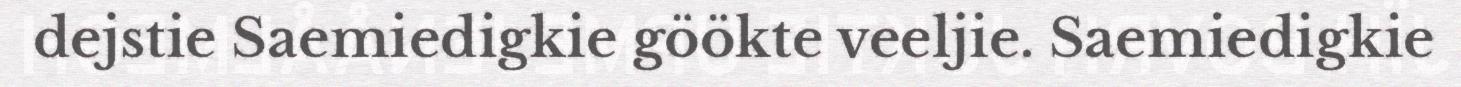
dejstie Saemiedigkie göökte veeljie. Saemiedigkie